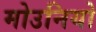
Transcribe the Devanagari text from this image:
मोउनियो